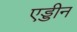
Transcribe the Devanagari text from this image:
एड्डीन